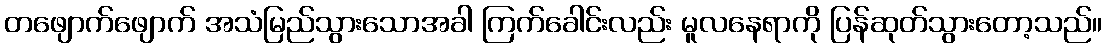
တဖျောက်ဖျောက် အသံမြည်သွားသောအခါ ကြက်ခေါင်းလည်း မူလနေရာကို ပြန်ဆုတ်သွားတော့သည်။